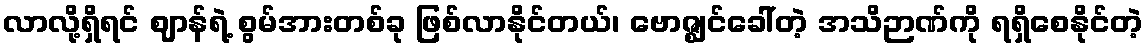
လာလို့ရှိရင် ဈာန်ရဲ့ စွမ်အားတစ်ခု ဖြစ်လာနိုင်တယ်၊ ဗောဇ္ဈင်ခေါ်တဲ့ အသိဉာဏ်ကို ရရှိစေနိုင်တဲ့